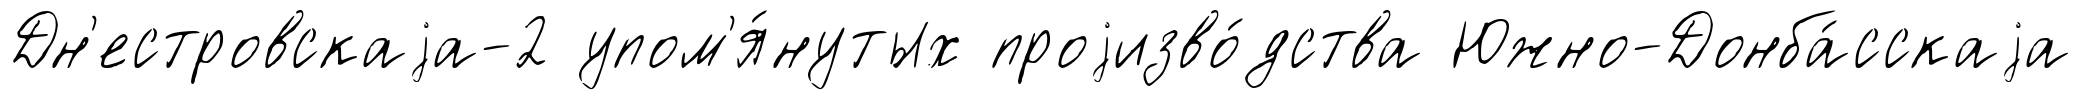
Дн'естровскаjа-2 упом'я́нутых проjизво́дства Южно-Донба́сскаjа